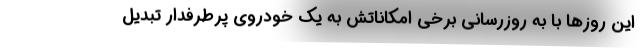
این روزها با به روزرسانی برخی امکاناتش به یک خودروی پرطرفدار تبدیل